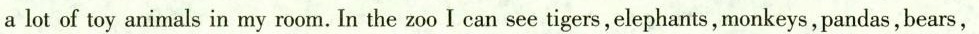
alot of toy animals in my room. In the zoo I can see tigers,elephants, monkeys, pandas,bears,